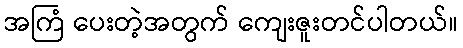
အကြံ ပေးတဲ့အတွက် ကျေးဇူးတင်ပါတယ်။